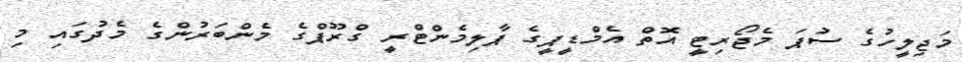
މަޖިލީހުގެ ސުޕަ މެޖޯރިޓީ އޮތް އެމްޑީޕީގެ ޕާލިމެންޓްރީ ގްރޫޕްގެ މެންބަރުންގެ މެދުގައި މި